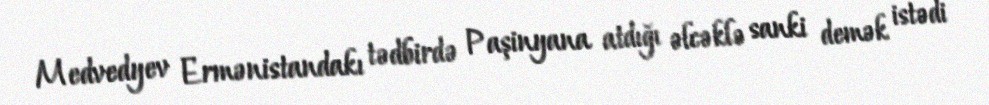
Medvedyev Ermənistandakı tədbirdə Paşinyana atdığı əlcəklə sanki demək istədi